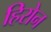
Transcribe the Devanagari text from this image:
हिरोन